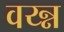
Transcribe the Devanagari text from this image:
वय्न्न